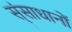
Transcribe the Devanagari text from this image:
स्ंसाधानों